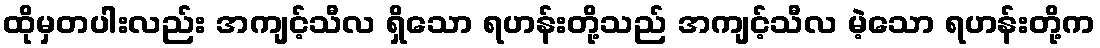
ထိုမှတပါးလည်း အကျင့်သီလ ရှိသော ရဟန်းတို့သည် အကျင့်သီလ မဲ့သော ရဟန်းတို့က